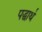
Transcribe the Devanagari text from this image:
पद्धार्थ